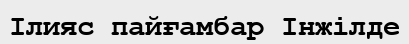
Ілияс пайғамбар Інжілде